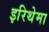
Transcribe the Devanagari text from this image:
इरिथेमा